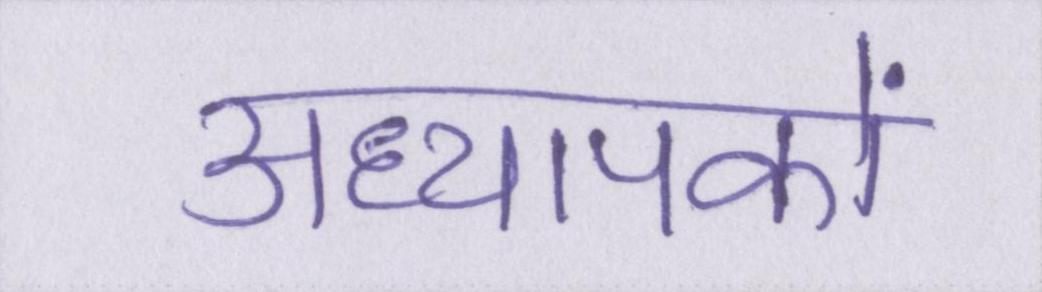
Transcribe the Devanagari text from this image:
अध्यापकों